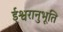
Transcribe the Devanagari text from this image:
ईश्वरानुभूति